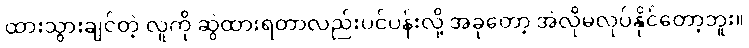
ထားသွားချင်တဲ့ လူကို ဆွဲထားရတာလည်းပင်ပန်းလို့ အခုတော့ အဲလိုမလုပ်နိုင်တော့ဘူး။